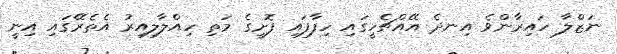
ނަޒްލާ ހައިރާންވެ އިނދެ އޭއްޗެހީގައި ހިފާފައި ފޮށީގެ މަތި ހިއްލާލިއިރު އެތެރޭގައި އިނީ